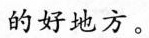
的好地方。